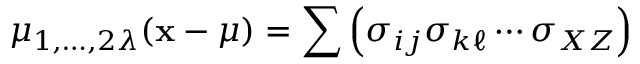
\mu _ { 1 , \dots , 2 \lambda } ( \mathbf { x } - { \boldsymbol { \mu } } ) = \sum \left( \sigma _ { i j } \sigma _ { k \ell } \cdots \sigma _ { X Z } \right)